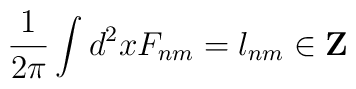
\frac1{2\pi}\int d^2x F_{nm} = l_{nm} \in {\bf Z}